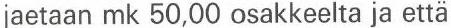
jaetaan mk 50,00 osakkeelta ja että